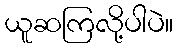
ယူဆကြလို့ပါပဲ။